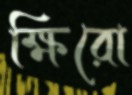
ক্ষিরো